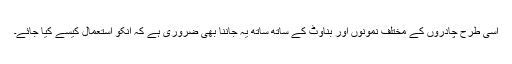
اسی طرح چادروں کے مختلف نمونوں اور بناوٹ کے ساتھ ساتھ یہ جاننا بھی ضروری ہے کہ انکو استعمال کیسے کیا جائے۔